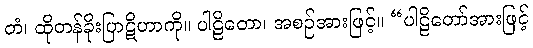
တံ၊ ထိုတန်ခိုးပြာဋိဟာကို။ ပါဠိတော၊ အစဉ်အားဖြင့်။ “ပါဠိတော်အားဖြင့်